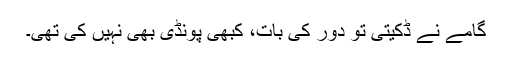
گامے نے ڈکیتی تو دور کی بات، کبھی پُونڈی بھی نہیں کی تھی۔